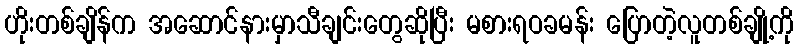
ဟိုးတစ်ချိန်က အဆောင်နားမှာသီချင်းတွေဆိုပြီး မစားရဝခမန်း ပြောတဲ့လူတစ်ချို့ကို